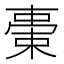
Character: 𣗞